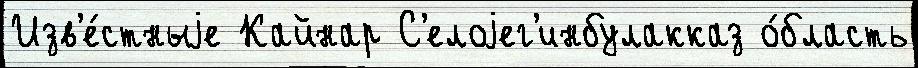
Изв'е́стныjе Кайнар С'елоjег'инбулакказ о́бласть